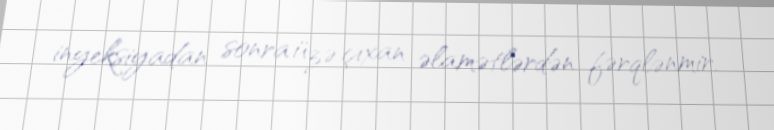
inyeksiyadan sonra üzə çıxan əlamətlərdən fərqlənmir.